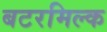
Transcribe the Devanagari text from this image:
बटरमिल्क